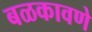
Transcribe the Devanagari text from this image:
बळकावणे